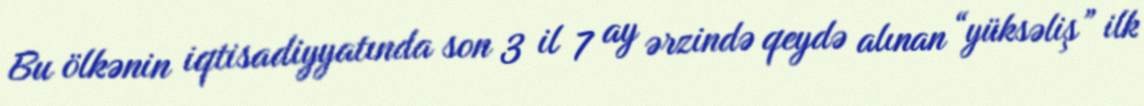
Bu ölkənin iqtisadiyyatında son 3 il 7 ay ərzində qeydə alınan “yüksəliş” ilk